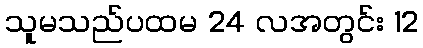
သူမသည်ပထမ 24 လအတွင်း 12